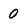
Character: 0